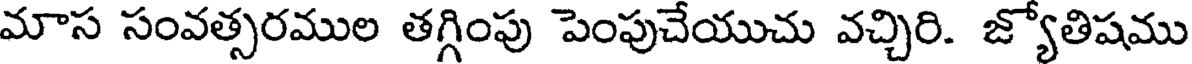
మాస సంవత్సరముల తగ్గింపు పెంపుచేయుచు వచ్చిరి. జ్యోతిషము